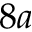
8 a